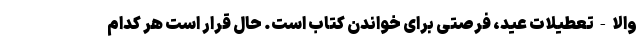
والا - تعطیلات عید، فرصتی برای خواندن کتاب است. حال قرار است هر کدام